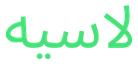
لاسيه